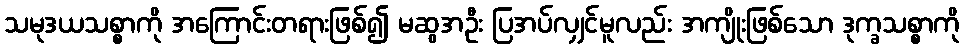
သမုဒယသစ္စာကို အကြောင်းတရားဖြစ်၍ မဆွအဦး ပြအပ်လျှင်မူလည်း အကျိုးဖြစ်သော ဒုက္ခသစ္စာကို